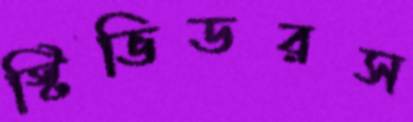
স্টিভিডরস